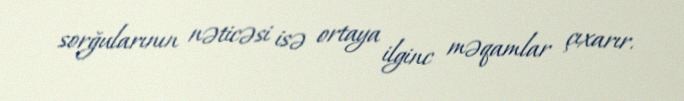
sorğularının nəticəsi isə ortaya ilginc məqamlar çıxarır.